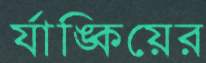
র‍্যাঙ্কিয়ের